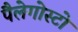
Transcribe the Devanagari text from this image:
पैलेगोस्टो